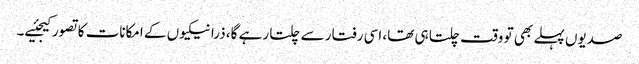
صدیوں پہلے بھی تو وقت چلتا ہی تھا، اسی رفتار سے چلتا رہے گا، ذرا نیکیوں کے امکانات کا تصور کیجئیے۔